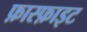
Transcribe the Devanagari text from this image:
फ़ास्फ़ाइट